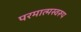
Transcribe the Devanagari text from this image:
परमात्मस्वरूप